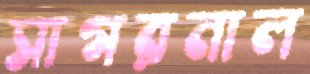
সাগরনাল